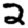
Digit: 2